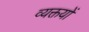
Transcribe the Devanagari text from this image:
व्यक्तयों